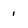
Character: 1